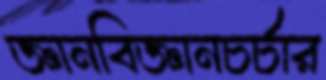
জ্ঞানবিজ্ঞানচর্চার